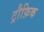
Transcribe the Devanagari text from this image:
ट्रौफ़िक